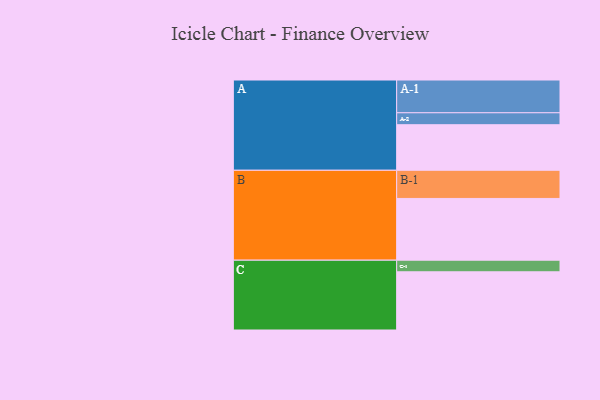
{"axis": {"x": "Segment", "y": "Value"}, "legend": ["", "A", "B", "C"], "data": [{"x": "A", "y": 396, "type": ""}, {"x": "B", "y": 537, "type": ""}, {"x": "C", "y": 506, "type": ""}, {"x": "A-1", "y": 285, "type": "A"}, {"x": "A-2", "y": 104, "type": "A"}, {"x": "B-1", "y": 245, "type": "B"}, {"x": "C-1", "y": 101, "type": "C"}]}